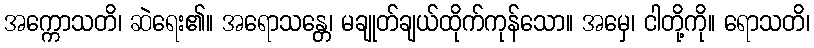
အက္ကောသတိ၊ ဆဲရေး၏။ အရောသန္တေ၊ မချုတ်ချယ်ထိုက်ကုန်သော။ အမှေ၊ ငါတို့ကို။ ရောသတိ၊